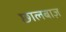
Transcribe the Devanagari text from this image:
छालबाज़